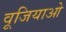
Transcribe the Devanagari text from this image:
वूजियाओ